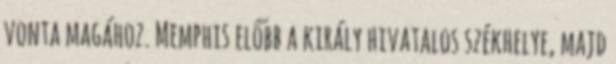
vonta magához. Memphis előbb a király hivatalos székhelye, majd